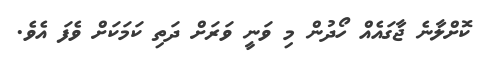
ކޮށްލާނެ ޖާގައެއް ހޯދުން މި ވަނީ ވަރަށް ދަތި ކަމަކަށް ވެފަ އެވެ.